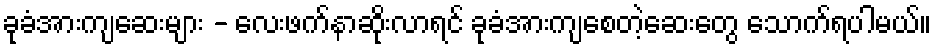
ခုခံအားကျဆေးများ - လေးဖက်နာဆိုးလာရင် ခုခံအားကျစေတဲ့ဆေးတွေ သောက်ရပါမယ်။